Vabadussoja_Ajaloo_Komitee, lk 93
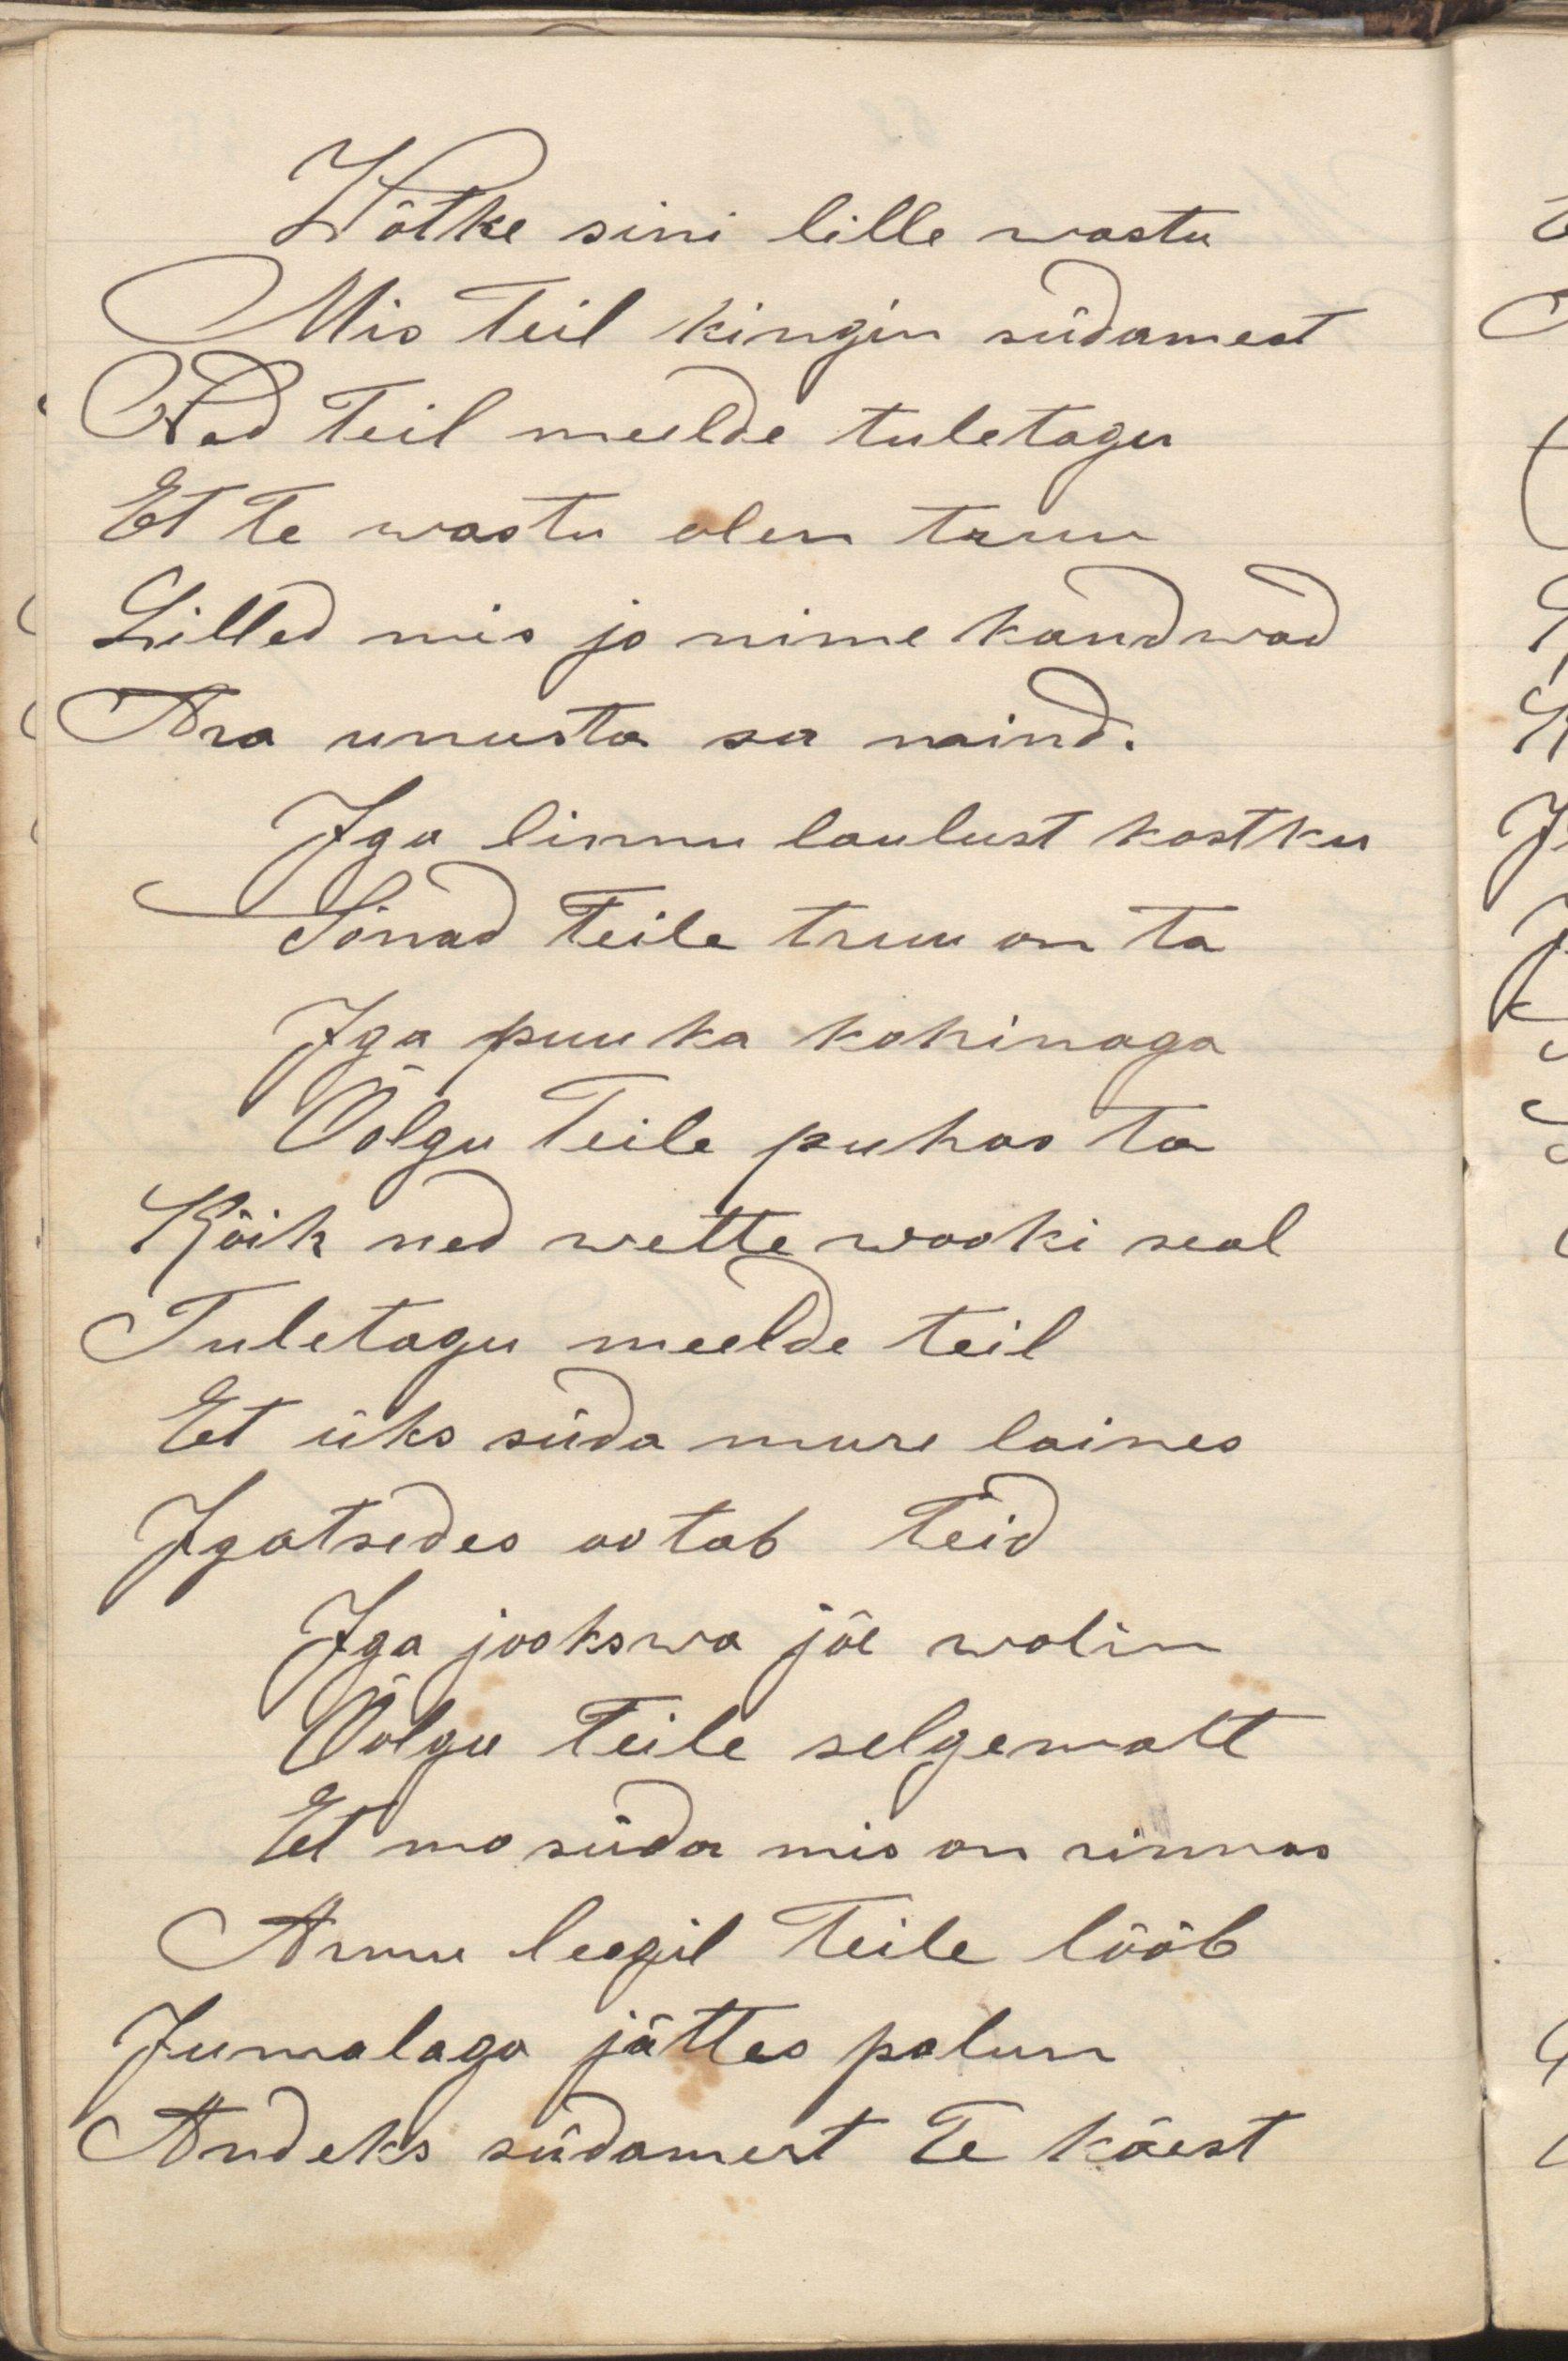
Wõtke sini lille wastu
Mis Teil kingin südamest
Nad Teil meelde tuletagu
Et Te wastu olen truu
Lilled mis jo nime kandwad
Ära unusta sa mind.
Iga linnu laulust kostku
Sõnad Teile truu on ta
Iga puu ka kahinaga
Olgu Teile puhas ta
Kõik need wette wooki seal
Tuletagu meelde teil
Et üks süda mure laines
Igatahes ootab Teid
Iga jookswa jõe wolin
Olgu Teile selgemalt
Et mo süda mis on rinnas
Armu leegid Teile lööb
Jumalaga jättes palun
Andeks südamest Te käest